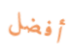
أفضل